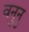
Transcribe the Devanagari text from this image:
वनुनु